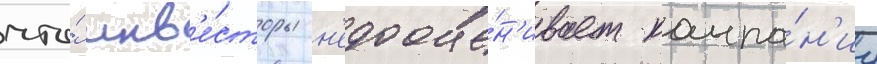
что́ инв'е́сторы н'едооце́н'ивает компа́н'иу